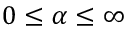
0 \le \alpha \le \infty